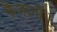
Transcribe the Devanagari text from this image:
कैजानी।